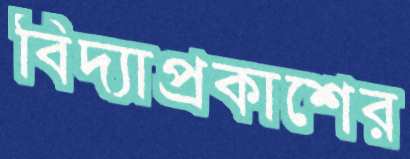
বিদ্যাপ্রকাশের